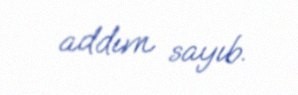
addım sayıb.